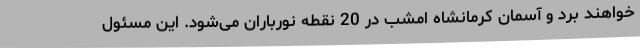
خواهند برد و آسمان کرمانشاه امشب در 20 نقطه نورباران می‌شود. این مسئول